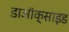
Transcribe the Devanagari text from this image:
डाऑक्साइड